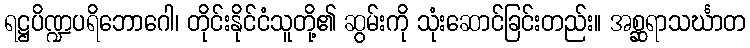
ရဋ္ဌပိဏ္ဍပရိဘောဂေါ၊ တိုင်းနိုင်ငံသူတို့၏ ဆွမ်းကို သုံးဆောင်ခြင်းတည်း။ အစ္ဆရာသင်္ဃာတ